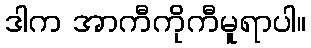
ဒါက အာကီကိုကီမူရာပါ။